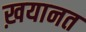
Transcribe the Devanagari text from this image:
ख़यानत